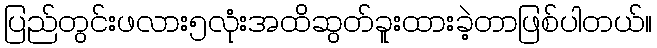
ပြည်တွင်းဖလား၅လုံးအထိဆွတ်ခူးထားခဲ့တာဖြစ်ပါတယ်။